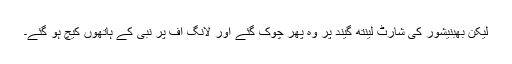
لیکن بھبنیشور کی شارٹ لینتھ گیند پر وہ پھر چوک گئے اور لانگ آف پر نبی کے ہاتھوں کیچ ہو گئے۔